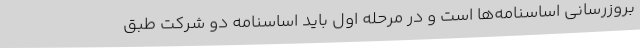
بروزرسانی اساسنامه‌ها است و در مرحله اول باید اساسنامه دو شرکت طبق